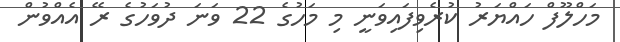
މަހްލޫފް ހައްޔަރު ކުރެވިފައިވަނީ މި މަހުގެ 22 ވަނަ ދުވަހުގެ ރޭ އެއްވުން